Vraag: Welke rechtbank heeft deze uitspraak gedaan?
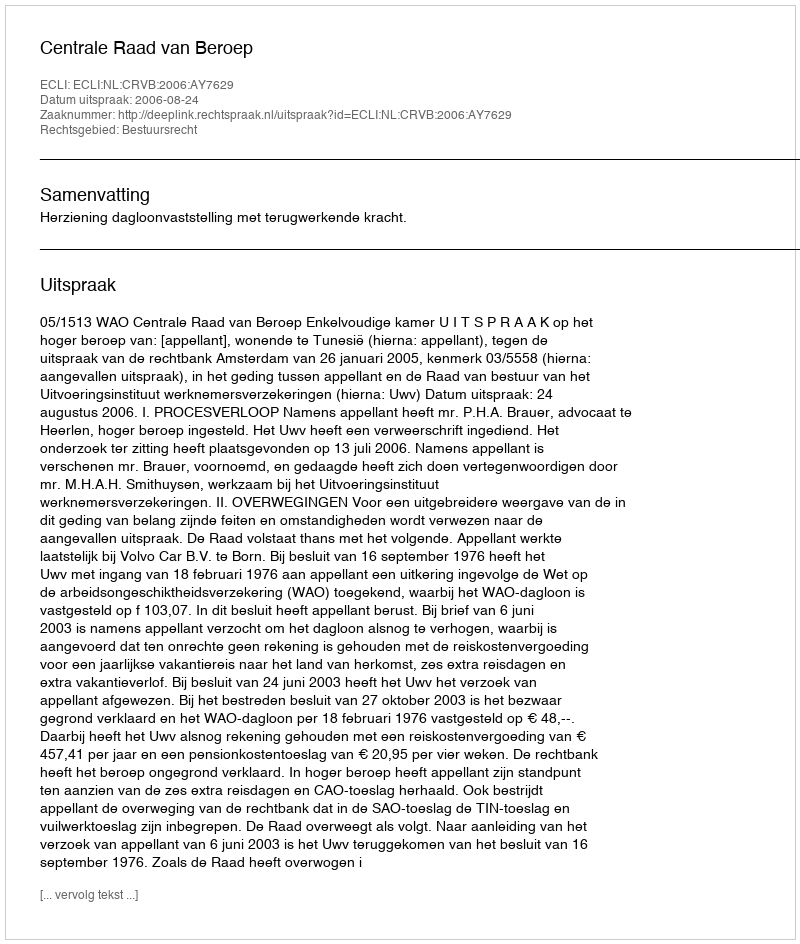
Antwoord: Centrale Raad van Beroep